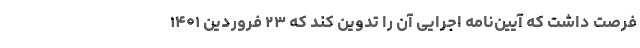
فرصت داشت که آیین‌نامه اجرایی آن را تدوین کند که ۲۳ فروردین ۱۴۰۱